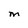
Character: M